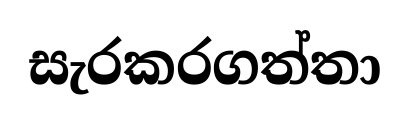
සැරකරගත්තා